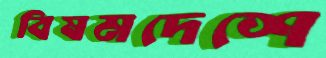
বিষমদেশে